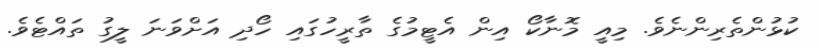
ކުޅުންތެރިންނެވެ. މިއީ މޮނާކޯ އިން އެޓީމުގެ ތާރީހުގައި ހޯދި އަށްވަނަ ލީގު ތައްޓެވެ.